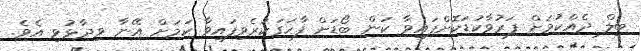
ބިލް ދެއްކުމަށް ފަރުވާކުޑަކޮށްފައިވާ ކަން ބޯޑަށް ފާހަގަކުރެވިފައިވާ ކަމަށް އޭނާ ވިދާޅުވި އެވެ.